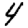
Digit: 4